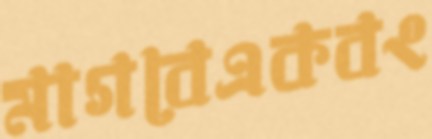
মাগবেএকবং